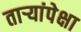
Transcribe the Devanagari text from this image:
तार्‍यांपेक्षा